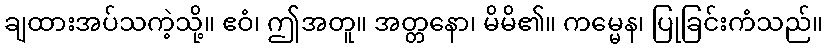
ချထားအပ်သကဲ့သို့။ ဧဝံ၊ ဤအတူ။ အတ္တနော၊ မိမိ၏။ ကမ္မေန၊ ပြုခြင်းကံသည်။